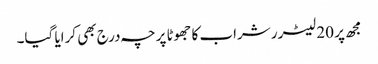
مجھ پر 20 لیٹرر شراب کا جھوٹا پرچہ درج بھی کرایا گیا۔